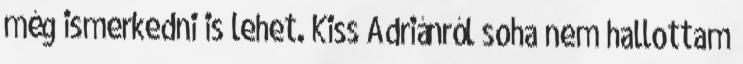
még ismerkedni is lehet. Kiss Adriánról soha nem hallottam